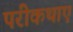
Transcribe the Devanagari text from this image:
परीकथाएं